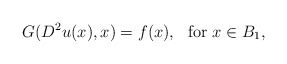
\begin{align*}G(D^2u(x),x)=f(x), \ \ \textrm{for } x\in B_1,\end{align*}